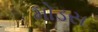
મોડસ